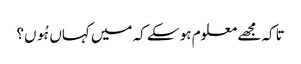
تاکہ مجھے معلوم ہو سکے کہ میں کہاں ہُوں؟